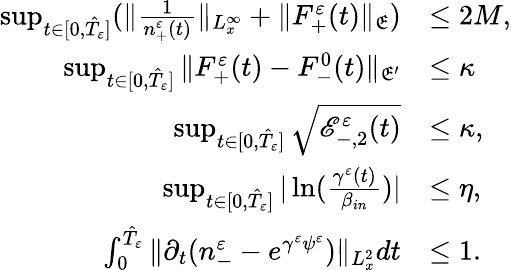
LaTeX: \begin{array}{rl}{\operatorname*{sup}_{t\in[0,\hat{T}_{\varepsilon}]}(\| \frac{1}{n_{+}^{\varepsilon}(t)}\| _{L_{x}^{\infty}}+\| F_{+}^{\varepsilon}(t)\| _{\mathfrak E})}&{\leq 2M,}\\ {\operatorname*{sup}_{t\in[0,\hat{T}_{\varepsilon}]}\| F_{+}^{\varepsilon}(t)-F_{-}^{0}(t)\| _{\mathfrak E^{\prime}}}&{\leq\kappa}\\ {\operatorname*{sup}_{t\in[0,\hat{T}_{\varepsilon}]}\sqrt{{\mathscr E}_{-,2}^{\varepsilon}(t)}}&{\leq\kappa,}\\ {\operatorname*{sup}_{t\in[0,\hat{T}_{\varepsilon}]}|\ln(\frac{\gamma^{\varepsilon}(t)}{\beta_{in}})|}&{\leq\eta,}\\ {\int_{0}^{\hat{T}_{\varepsilon}}\| \partial_{t}(n_{-}^{\varepsilon}-e^{\gamma^{\varepsilon}\psi^{\varepsilon}})\| _{L_{x}^{2}}dt}&{\leq 1.}\end{array}